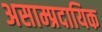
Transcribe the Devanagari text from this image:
असाम्प्रदायिक